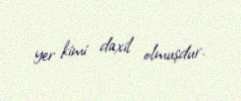
yer kimi daxil olmuşdur.